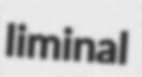
liminal